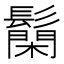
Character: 𮫐